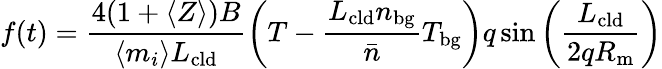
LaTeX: f(t)=\frac{4(1+\langle Z\rangle)B}{\langle m_{i}\rangle L_{\mathrm{cld}}}\left(T-\frac{L_{\mathrm{cld}}n_{\mathrm{bg}}}{\bar{n}}T_{\mathrm{bg}}\right)q\sin{\left(\frac{L_{\mathrm{cld}}}{2qR_{\mathrm{m}}}\right)}